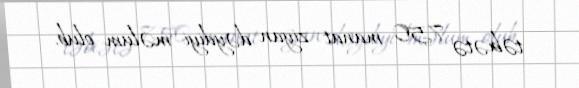
təbiətə 750 manat ziyan dəydiyi məlum olub.